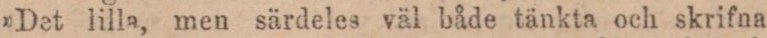
»Det lilla, men särdeles väl både tänkta och skrifna